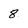
Character: 8